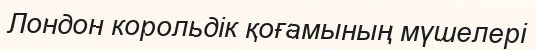
Лондон корольдік қоғамының мүшелері